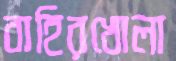
বাহিরখোলা